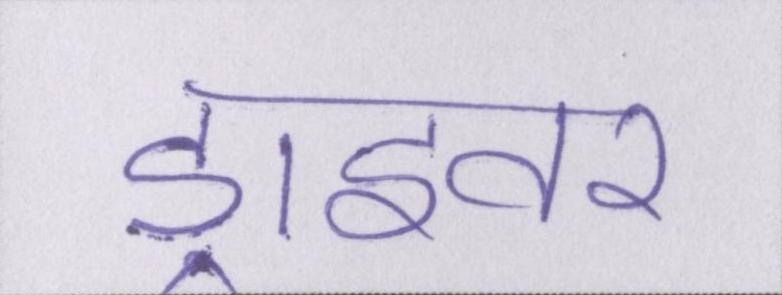
ड्राइवर